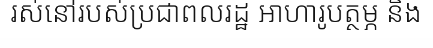
រស់នៅរបស់ប្រជាពលរដ្ឋ អាហារូបត្ថម្ភ និង